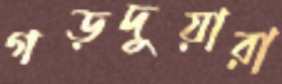
গড়দুয়ারা